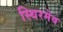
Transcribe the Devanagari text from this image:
स्थिरमेव